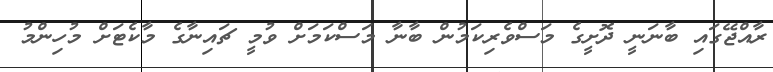
ރާއްޖޭގައި ބާނަނީ ދޮށީގެ މަސްވެރިކަމުން ބާނާ މަސްކަމަށް ވުމީ ޗައިނާގެ މާކެޓަށް މުހިންމު